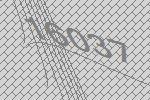
16037